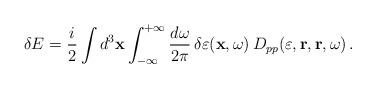
LaTeX: \begin{align*}\delta E =\frac{i}{2} \int d^3 {\bf x} \int_{-\infty}^{+\infty}\frac{d\omega}{2 \pi} \, \delta\varepsilon ({\bf x},\omega) \,D_{pp}(\varepsilon, {\bf r}, {\bf r}, \omega) \, . \end{align*}